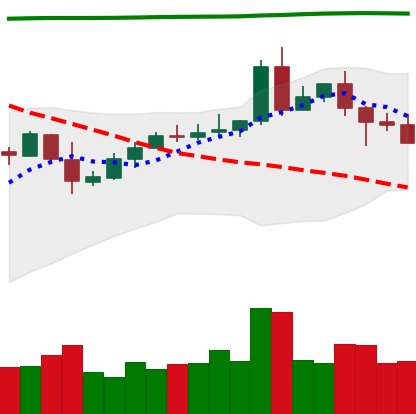
Ticker: EOS-USD
Chart end date: 2020-05-06
Forward return: -10.54%
Label: down_7plus